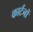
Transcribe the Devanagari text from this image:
कार्टनों